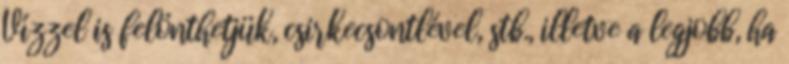
Vízzel is felönthetjük, csirkecsontlével, stb., illetve a legjobb, ha